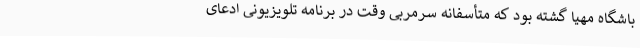
باشگاه مهیا گشته بود که متأسفانه سرمربی وقت در برنامه تلویزیونی ادعای